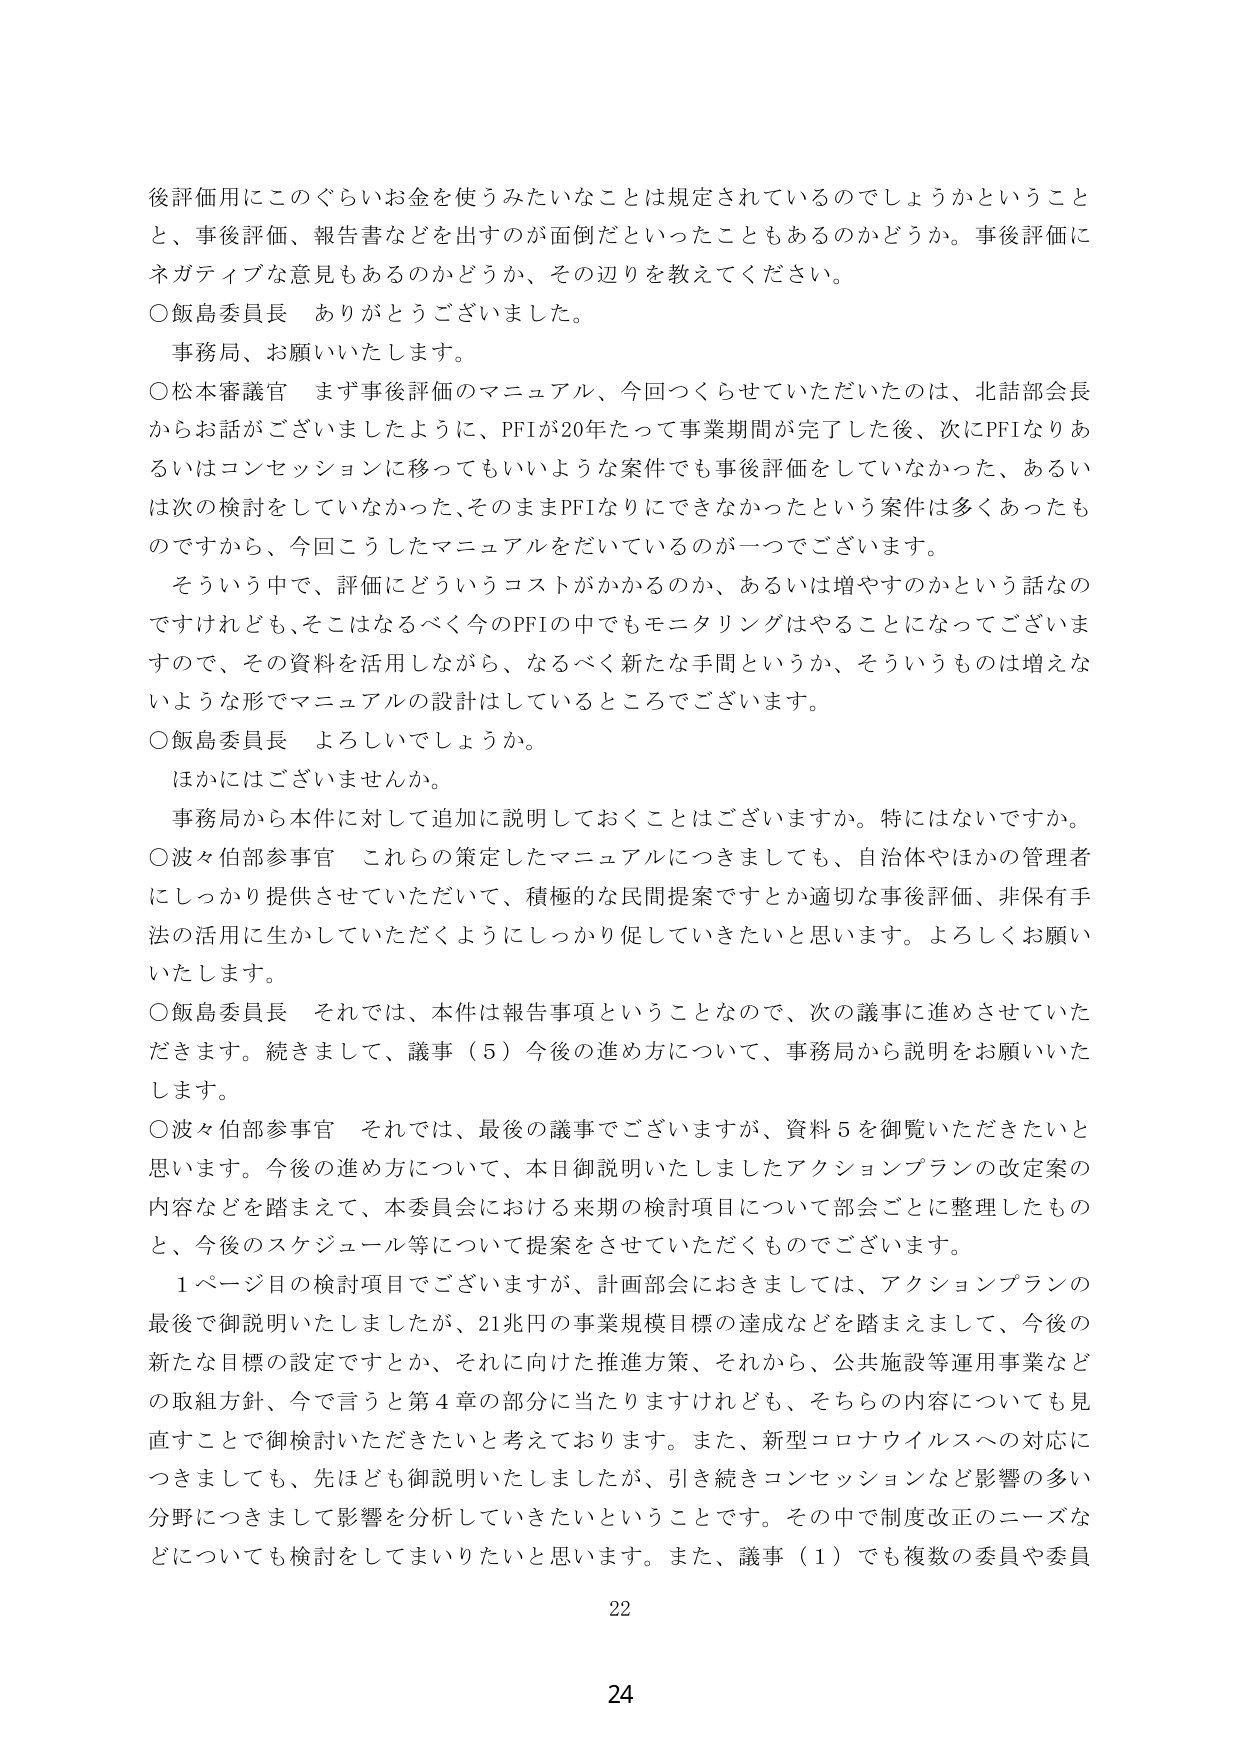
後評価用にこのぐらいお金を使うみたいなことは規定されているのでしょうかということと、事後評価、報告書などを出すのが面倒だといったこともあるのかどうか。事後評価にネガティブな意見もあるのかどうか、その辺りを教えてください。

○飯島委員長　ありがとうございました。
事務局、お願いいたします。

○松本審議官　まず事後評価のマニュアル、今回つくらせていただいたのは、北舘部会長からお話がございましたように、PFIが20年たって事業期間が完了した後、次にPFIなりあるいはコンセッションに移ってもいいような案件でも事後評価をしていなかった、あるいは次の検討をしていなかった、そのままPFIなりにできなかったという案件は多くあったものですから、今回こうしたマニュアルをだいているのが一つでございます。
　そういう中で、評価にどういうコストがかかるのか、あるいは増やすのかという話なのですが、そこはなるべく今のPFIの中でもモニタリングはやることになってございますので、その資料を活用しながら、なるべく新たな手間というか、そういうものは増えないような形でマニュアルの設計はしているところでございます。

○飯島委員長　よろしいでしょうか。
　ほかにはございませんか。
　事務局から本件に対して追加に説明しておくことはございますか。特にはないですか。

○波々伯部参事官　これらの策定したマニュアルにつきましても、自治体やほかの管理者にしっかり提供させていただいて、積極的な民間提案ですとか適切な事後評価、非保有手法の活用に生かしていただくようにしっかり促していきたいと思います。よろしくお願いいたします。

○飯島委員長　それでは、本件は報告事項ということなので、次の議事に進めさせていただきます。続きまして、議事（5）今後の進め方について、事務局から説明をお願いいたします。

○波々伯部参事官　それでは、最後の議事でございますが、資料5を御覧いただきたいと思います。今後の進め方について、本日御説明いたしましたアクションプランの改定案の内容などを踏まえて、本委員会における来期の検討項目について部会ごとに整理したものと、今後のスケジュール等について提案をさせていただくものでございます。
　1ページ目の検討項目でございますが、計画部会におきましては、アクションプランの最後で御説明いたしましたが、21兆円の事業規模目標の達成などを踏まえまして、今後の新たな目標の設定ですとか、それに向けた推進方策、それから、公共施設等運用事業などの取組方針、今で言うと第4章の部分に当たりますけれども、そちらの内容についても見直すことで御検討いただきたいと考えております。また、新型コロナウイルスへの対応につきましても、先ほども御説明いたしましたが、引き続きコンセッションなど影響の多い分野につきまして影響を分析していきたいということです。その中で制度改正のニーズなどについても検討してまいりたいと思います。また、議事（1）でも複数の委員や委員

22

24